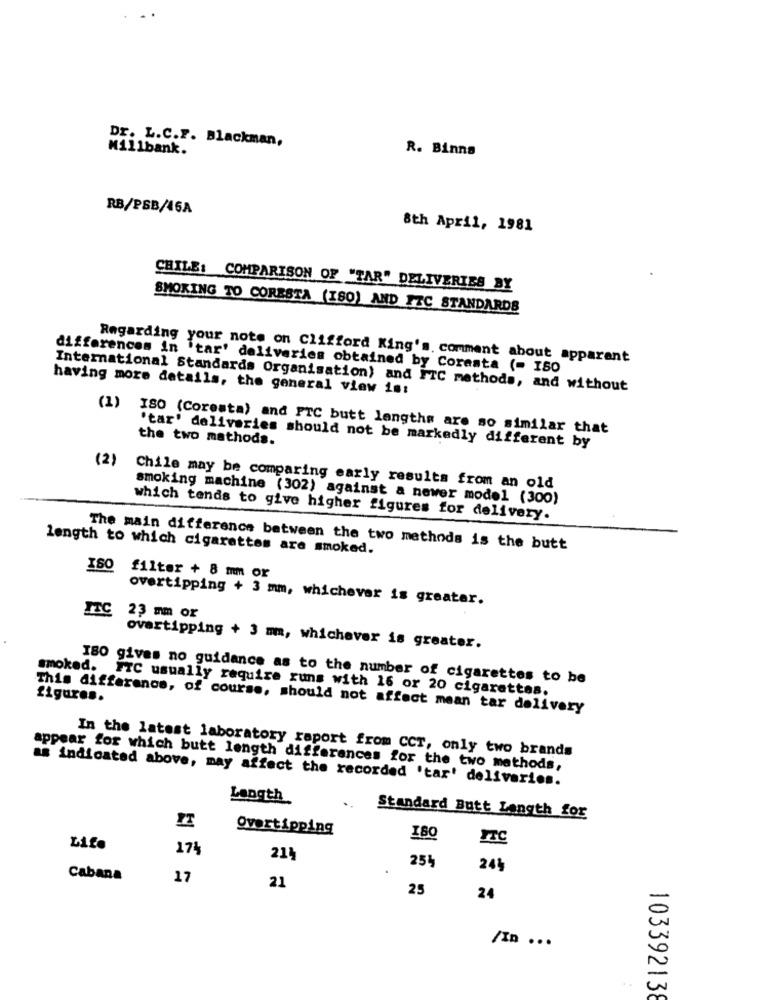
Dr. L.C.F. Blackman,
Millbank.
R. Binns
RB/PSB/46A
8th April, 1981
CHILE: COMPARISON OF "TAR" DELIVERIES BY
SMOKING TO CORESTA (ISO) AND ETC STANDARDS
Regarding your note on Clifford King's. comment about apparent
differences in 'tar' deliveries obtained by Coresta (- ISO
having more details, the general view is:
International Standards Organisation) and FTC methods, and without
(1) ISO (Coresta) and FTC butt lengths are so similar that
the two methods.
'tar' deliveries should not be markedly different by
(2)
Chile may be comparing early results from an old
smoking machine (302) against a newer model (300)
which tends to give higher figures for delivery.
length to which cigarettes are smoked.
The main difference between the two methods is the butt
ISO
filter + 8 mm or
overtipping + 3 mm, whichever is greater.
ITC
23 mm or
ovartipping + 3 mm, whichever is greater.
IBO gives no guidance as to the number of cigarettes to be
smoked. FTC usually require runs with 16 or 20 cigarettes.
figures.
This difference, of course, should not affect mean tar delivery
In the latest laboratory raport from CCT, only two brands
appear for which butt length differences for the two methods,
as indicated above, may affect the recorded 'tar' deliveries.
Length
Standard Butt Length for
Overtipping
Life
174
214
254
24%
Cabana
17
21
25
24
/In ...
..
103392138